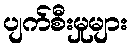
ပျက်စီးမှုများ